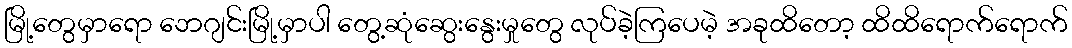
မြို့တွေမှာရော ဘေဂျင်းမြို့မှာပါ တွေ့ဆုံဆွေးနွေးမှုတွေ လုပ်ခဲ့ကြပေမဲ့ အခုထိတော့ ထိထိရောက်ရောက်